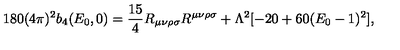
1 8 0 ( 4 \pi ) ^ { 2 } b _ { 4 } ( E _ { 0 } , 0 ) = \frac { 1 5 } { 4 } R _ { \mu \nu \rho \sigma } R ^ { \mu \nu \rho \sigma } + \Lambda ^ { 2 } [ - 2 0 + 6 0 ( E _ { 0 } - 1 ) ^ { 2 } ] ,